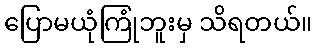
ပြောမယုံကြုံဘူးမှ သိရတယ်။